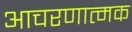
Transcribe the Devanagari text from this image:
आचरणात्मक